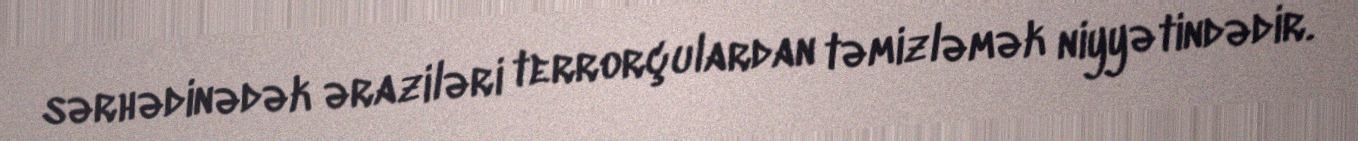
sərhədinədək əraziləri terrorçulardan təmizləmək niyyətindədir.